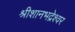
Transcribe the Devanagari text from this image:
श्रीशानभद्रेश्वर